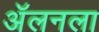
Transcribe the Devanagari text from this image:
अॅलनला